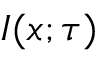
I ( x ; \tau )